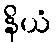
နိယံ